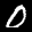
Label: 0